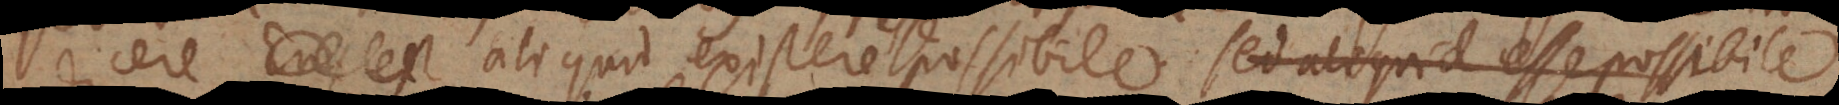
dicere Ens est aliquid existere possibile sed aliquid esse possibile